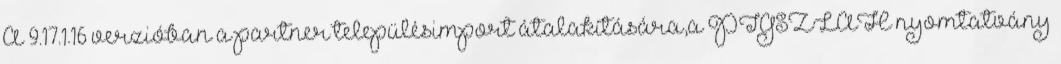
A 9.17.1.16 verzióban a partner településimport átalakítására,a PTGSZLAH nyomtatvány